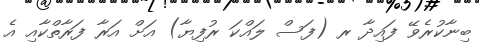
ބިނާކުރެވޭ ފައިދާ ރ (ފަސް ލައްކަ ރުފިޔާ) އަށް އަރާ ފަރާތްކާއި އެ